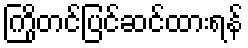
ကြိုတင်ပြင်ဆင်ထားရန်